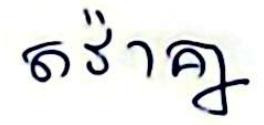
តវ៉ាគ្នា